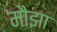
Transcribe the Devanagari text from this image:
मौझा